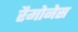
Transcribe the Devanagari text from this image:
रैमोनेस